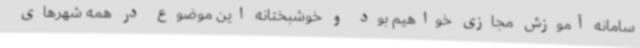
سامانه آموزش مجازی خواهیم بود و خوشبختانه این موضوع در همه شهرهای